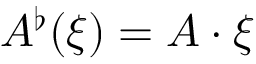
A ^ { \flat } ( \xi ) = A \cdot \xi